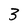
Character: 3